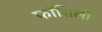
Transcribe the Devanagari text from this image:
फाँसिलों